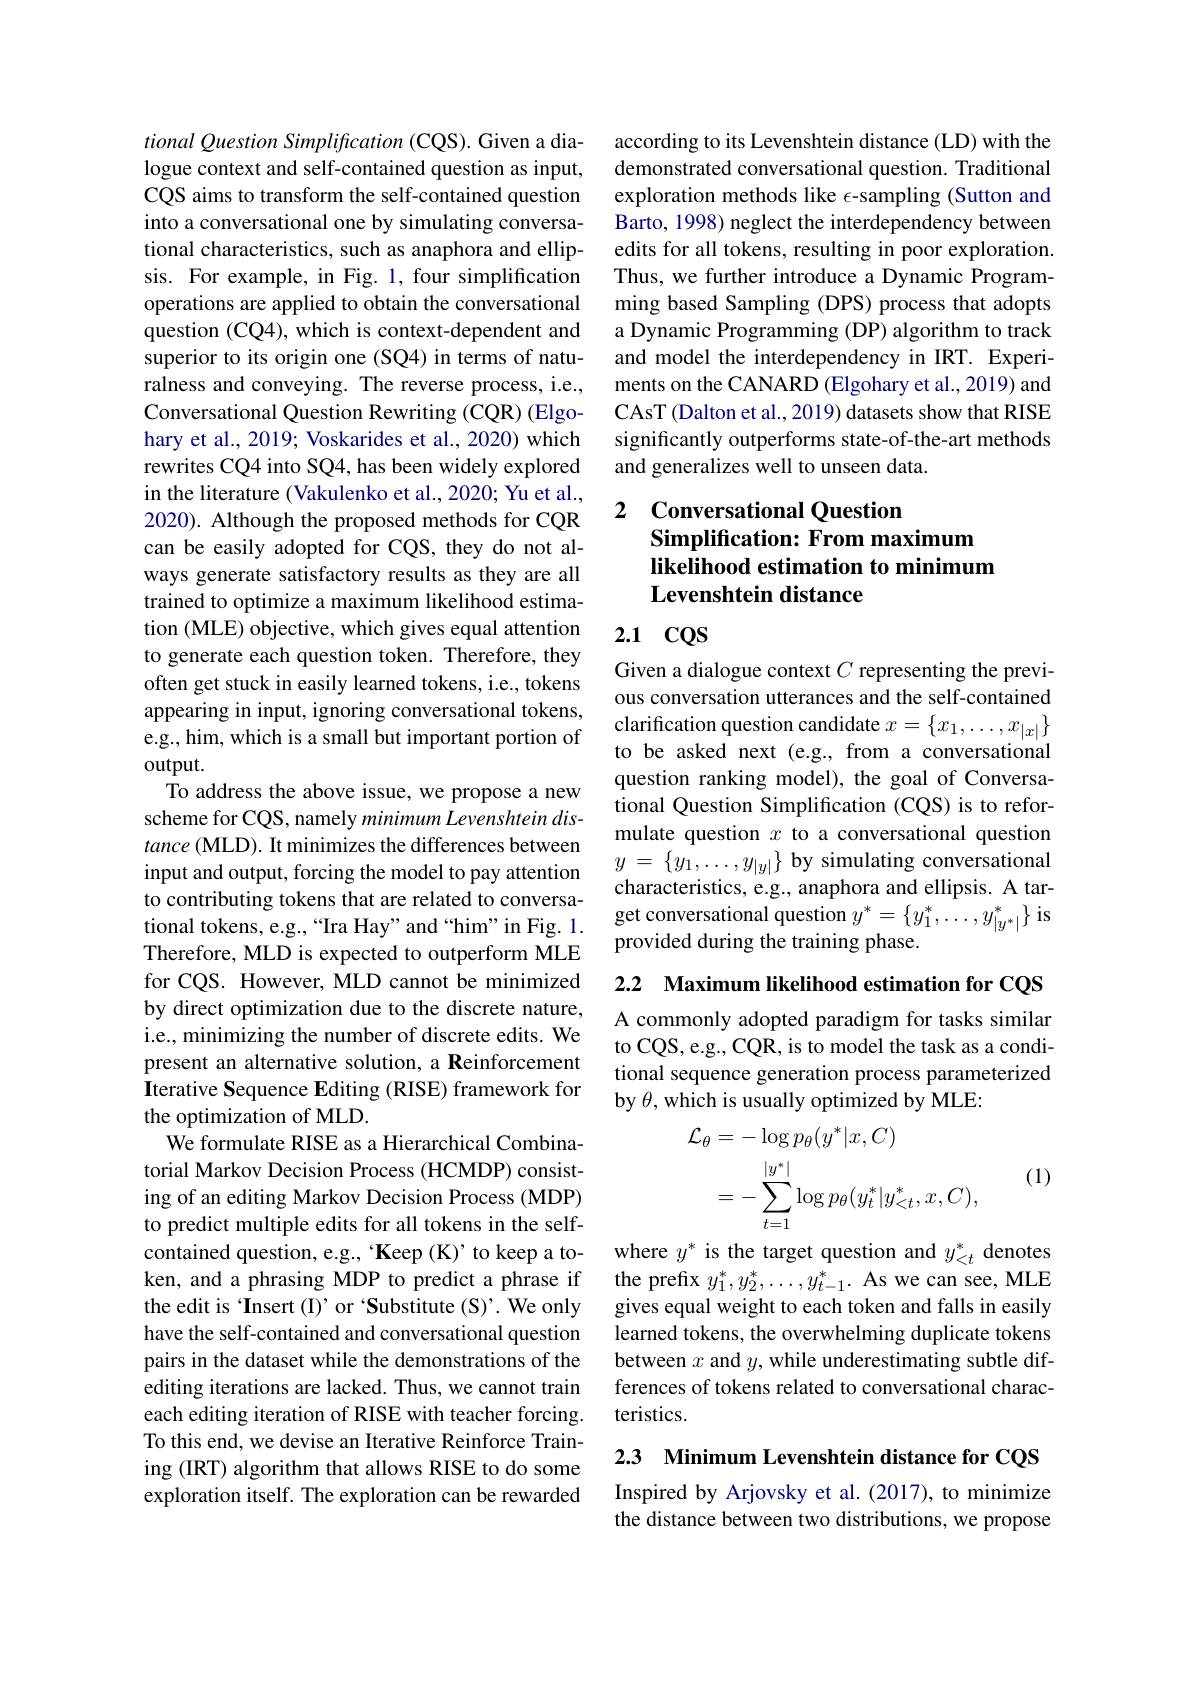
tional Question Simplification (CQS). Given a dialogue context and self-contained question as input, CQS aims to transform the self-contained question into a conversational one by simulating conversational characteristics, such as anaphora and ellipsis. For example, in Fig. 1, four simplification operations are applied to obtain the conversational question (CQ4), which is context-dependent and superior to its origin one (SQ4) in terms of naturalness and conveying. The reverse process, i.e., Conversational Question Rewriting (CQR) (Elgohary et al., 2019; Voskarides et al., 2020) which rewrites CQ4 into SQ4, has been widely explored in the literature (Vakulenko et al., 2020; Yu et al., 2020). Although the proposed methods for CQR can be easily adopted for CQS, they do not always generate satisfactory results as they are all trained to optimize a maximum likelihood estimation (MLE) objective, which gives equal attention to generate each question token. Therefore, they often get stuck in easily learned tokens, i.e., tokens appearing in input, ignoring conversational tokens, e.g., him, which is a small but important portion of $output.$
To address the above issue, we propose a new scheme for CQS, namely minimum Levenshtein dis- $tance($MLD). It minimizes the differences between input and output, forcing the model to pay attention to contributing tokens that are related to conversational tokens, e.g.,“Ira Hay”and“him”in Fig. 1. Therefore, MLD is expected to outperform MLE for CQS. However, MLD cannot be minimized by direct optimization due to the discrete nature, i.e., minimizing the number of discrete edits. We present an alternative solution, a Reinforcement Iterative Sequence Editing (RISE) framework for the optimization of MLD.
We formulate RISE as a Hierarchical Combinatorial Markov Decision Process (HCMDP) consisting of an editing Markov Decision Process (MDP) to predict multiple edits for all tokens in the selfcontained question, e.g., Keep (K)' to keep a token, and a phrasing MDP to predict a phrase if the edit is 'Insert (I)' or 'Substitute (S)'. We only have the self-contained and conversational question pairs in the dataset while the demonstrations of the editing iterations are lacked. Thus, we cannot train each editing iteration of RISE with teacher forcing. To this end, we devise an Iterative Reinforce Training (IRT) algorithm that allows RISE to do some exploration itself. The exploration can be rewarded

according to its Levenshtein distance (LD) with the demonstrated conversational question. Traditional exploration methods like $\epsilon$-sampling (Sutton and Barto, 1998) neglect the interdependency between edits for all tokens, resulting in poor exploration. Thus, we further introduce a Dynamic Programming based Sampling (DPS) process that adopts a Dynamic Programming (DP) algorithm to track and model the interdependency in IRT. Experiments on the CANARD (Elgohary et al., 2019) and CAsT (Dalton et al., 2019) datasets show that RISE significantly outperforms state-of-the-art methods and generalizes well to unseen data.

## 2 Conversational Question Simplification: From maximum likelihood estimation to minimum Levenshtein distance

## 2.1 CQS

Given a dialogue context $C$ representing the previous conversation utterances and the self-contained clarification question candidate $x=\{x_1,\ldots,x_{|x|}\}$ to be asked next (e.g., from a conversational question ranking model), the goal of Conversational Question Simplification (CQS) is to reformulate question $x$ to a conversational question $y$ = $\{ y_{1}, \ldots , y_{| y| }\}$ by simulating conversational characteristics, e.g., anaphora and ellipsis. A target conversational question $y^*=\left\{y_1^*,\ldots,y_{|y^*|}^*\right\}$ is provided during the training phase.

2.2 Maximum likelihood estimation for CQS

A commonly adopted paradigm for tasks similar to CQS, e.g., CQR, is to model the task as a conditional sequence generation process parameterized by $\theta$, which is usually optimized by MLE:

(1)
$$\begin{aligned}\mathcal{L}_{\theta}&=-\log p_{\theta}(y^{*}|x,C)\\&=-\sum_{t=1}\log p_{\theta}(y_{t}^{*}|y_{<t}^{*},x,C),\\\end{aligned}$$
where $y^*$ is the target question and $y_<t^*$ denotes the prefix $y_1^*,y_2^*,\ldots,y_{t-1}^*.$ As we can see, MLE gives equal weight to each token and falls in easily learned tokens, the overwhelming duplicate tokens between $x$ and $y$, while underestimating subtle differences of tokens related to conversational characteristics.

2.3 Minimum Levenshtein distance for CQS

Inspired by Arjovsky et al. (2017), to minimize the distance between two distributions, we propose